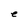
Character: e